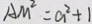
A M ^ { 2 } = a ^ { 2 } + 1